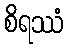
စိရဿံ